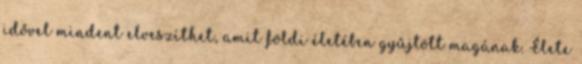
idővel mindent elveszíthet, amit földi életében gyűjtött magának. Élete